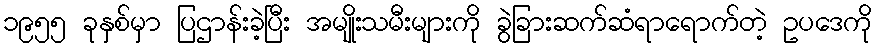
၁၉၅၅ ခုနှစ်မှာ ပြဌာန်းခဲ့ပြီး အမျိုးသမီးများကို ခွဲခြားဆက်ဆံရာရောက်တဲ့ ဥပဒေကို